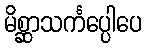
မိစ္ဆာသင်္ကပ္ပေါပေ